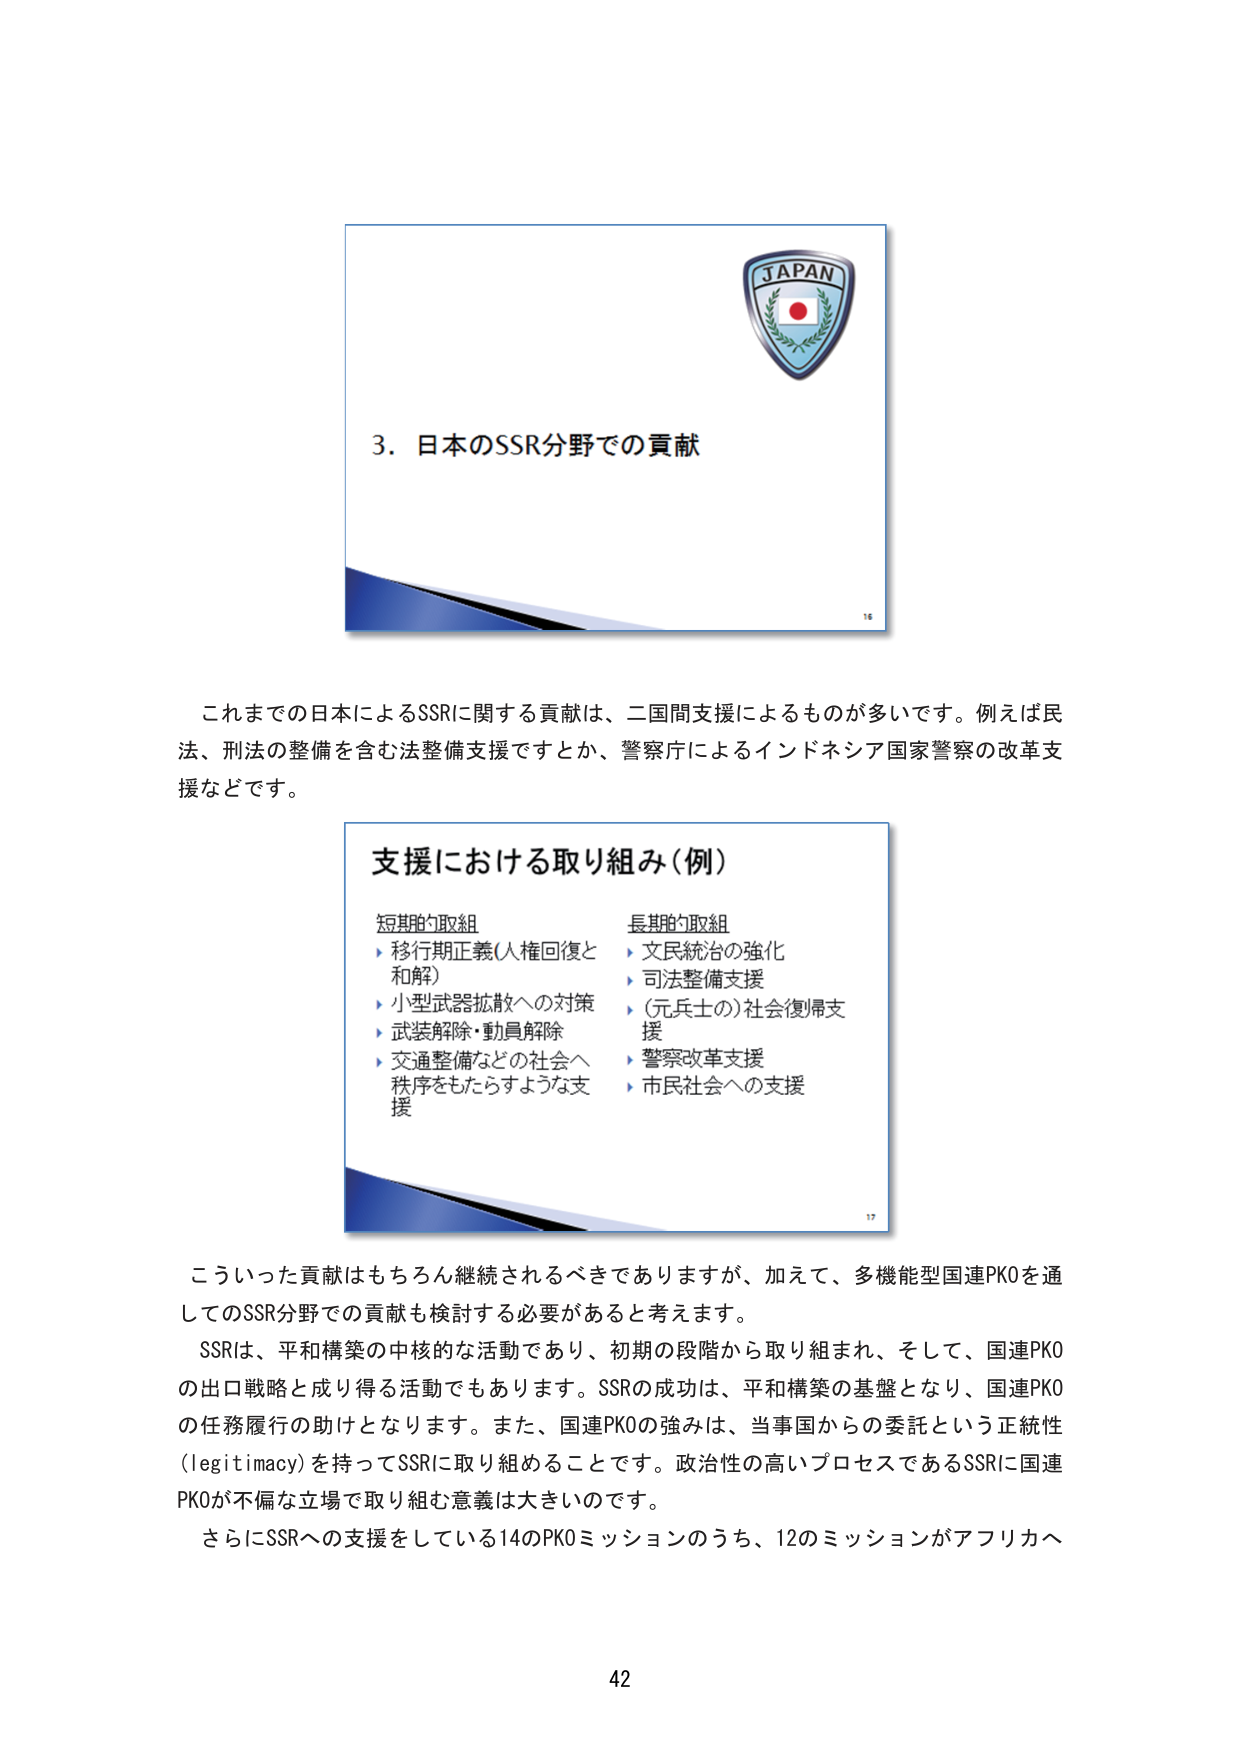
JAPAN
3. 日本のSSR分野での貢献
16
これまでの日本によるSSRに関する貢献は、二国間支援によるものが多いです。例えば民法、刑法の整備を含む法整備支援ですとか、警察庁によるインドネシア国家警察の改革支援などです。
支援における取り組み（例）
短期的取組
▶ 移行期正義（人権回復と和解）
▶ 小型武器拡散への対策
▶ 武装解除・動員解除
▶ 交通整備などの社会へ秩序をもたらすような支援
長期的取組
▶ 文民統治の強化
▶ 司法整備支援
▶ （元兵士の）社会復帰支援
▶ 警察改革支援
▶ 市民社会への支援
17
こういった貢献はもちろん継続されるべきでありますが、加えて、多機能型国連PKOを通してのSSR分野での貢献も検討する必要があると考えます。
SSRは、平和構築の中核的な活動であり、初期の段階から取り組まれ、そして、国連PKOの出口戦略と成り得る活動でもあります。SSRの成功は、平和構築の基盤となり、国連PKOの任務履行の助けとなります。また、国連PKOの強みは、当事国からの委託という正統性（legitimacy）を持ってSSRに取り組めることです。政治性の高いプロセスであるSSRに国連PKOが不偏な立場で取り組む意義は大きいのです。
さらにSSRへの支援をしている14のPKOミッションのうち、12のミッションがアフリカへ
42